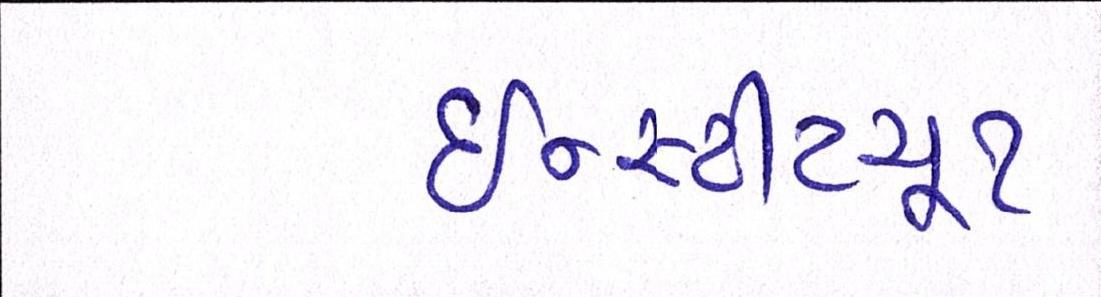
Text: ઇન્સ્ટીટયૂટ